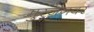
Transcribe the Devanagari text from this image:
मुरंजनवर